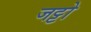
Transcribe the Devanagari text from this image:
जट्टो